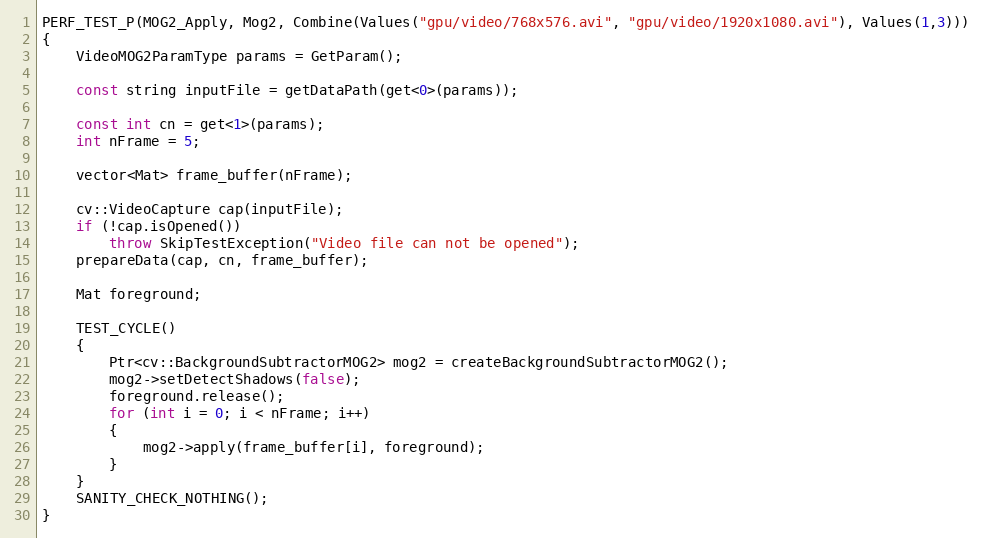
Language: C++
PERF_TEST_P(MOG2_Apply, Mog2, Combine(Values("gpu/video/768x576.avi", "gpu/video/1920x1080.avi"), Values(1,3)))
{
    VideoMOG2ParamType params = GetParam();

    const string inputFile = getDataPath(get<0>(params));

    const int cn = get<1>(params);
    int nFrame = 5;

    vector<Mat> frame_buffer(nFrame);

    cv::VideoCapture cap(inputFile);
    if (!cap.isOpened())
        throw SkipTestException("Video file can not be opened");
    prepareData(cap, cn, frame_buffer);

    Mat foreground;

    TEST_CYCLE()
    {
        Ptr<cv::BackgroundSubtractorMOG2> mog2 = createBackgroundSubtractorMOG2();
        mog2->setDetectShadows(false);
        foreground.release();
        for (int i = 0; i < nFrame; i++)
        {
            mog2->apply(frame_buffer[i], foreground);
        }
    }
    SANITY_CHECK_NOTHING();
}